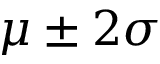
\mu \pm 2 \sigma